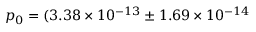
p _ { 0 } = ( 3 . 3 8 \times 1 0 ^ { - 1 3 } \pm 1 . 6 9 \times 1 0 ^ { - 1 4 }